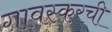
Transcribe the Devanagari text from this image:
गावस्करची